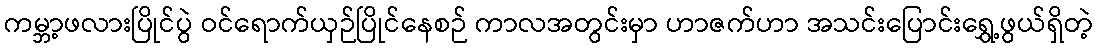
ကမ္ဘာ့ဖလားပြိုင်ပွဲ ဝင်ရောက်ယှဉ်ပြိုင်နေစဉ် ကာလအတွင်းမှာ ဟာဇက်ဟာ အသင်းပြောင်းရွှေ့ဖွယ်ရှိတဲ့